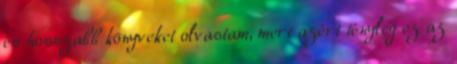
és hosszabb könyveket olvastam, mert azért tényleg ez az